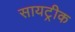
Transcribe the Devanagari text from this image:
सायट्रीक